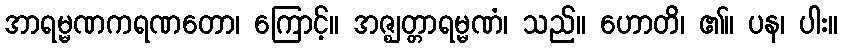
အာရမ္မဏကရဏတော၊ ကြောင့်။ အဇ္ဈတ္တာရမ္မဏံ၊ သည်။ ဟောတိ၊ ၏။ ပန၊ ပါး။